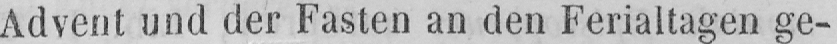
Advent und der Fasten an den Ferialtagen ge-